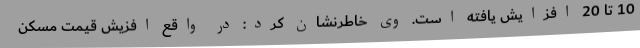
10 تا 20 افزایش یافته است. وی خاطرنشان کرد: در واقع افزیش قیمت مسکن